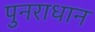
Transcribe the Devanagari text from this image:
पुनराधान